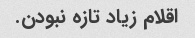
اقلام زیاد تازه نبودن.